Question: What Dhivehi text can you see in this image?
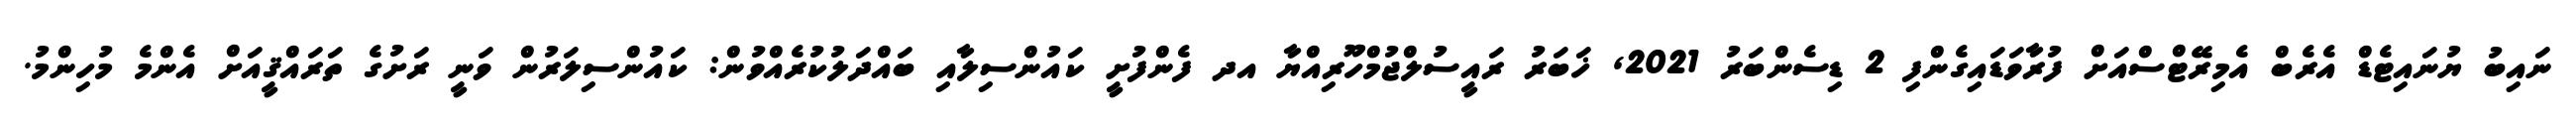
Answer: ނައިބު ޔުނައިޓެޑް އެރެބް އެމިރޭޓްސްއަށް ފުރާވަޑައިގެންފި 2 ޑިސެންބަރު 2021, ޚަބަރު ރައީސުލްޖުމްހޫރިއްޔާ އދ ފެންފުށީ ކައުންސިލާއި ބައްދަލުކުރެއްވުން: ކައުންސިލަރުން ވަނީ ރަށުގެ ތަރައްޤީއަށް އެންމެ މުހިންމު.